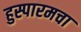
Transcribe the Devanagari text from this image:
हुस्पारमचा